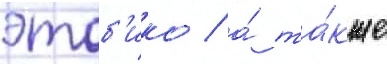
этоб'ико / а́ та́кже